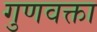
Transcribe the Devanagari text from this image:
गुणवक्ता